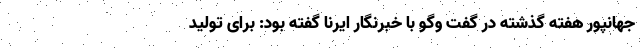
جهانپور هفته گذشته در گفت وگو با خبرنگار ایرنا گفته بود: برای تولید